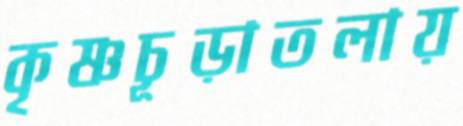
কৃষ্ণচূড়াতলায়